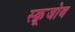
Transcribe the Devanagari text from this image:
स्क्रूजोब